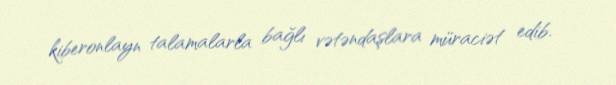
kiberonlayn talamalarla bağlı vətəndaşlara müraciət edib.